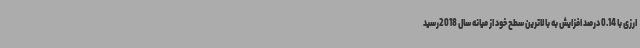
ارزی با 0.14 درصد افزایش به بالاترین سطح خود از میانه سال 2018رسید